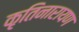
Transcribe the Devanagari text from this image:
कृतिनारायण